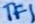
Text: TF1